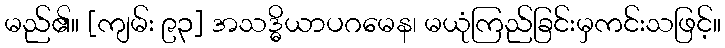
မည်၏။ [ကျမ်း ၉၃] အသဒ္ဓိယာပဂမေန၊ မယုံကြည်ခြင်းမှကင်းသဖြင့်။